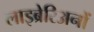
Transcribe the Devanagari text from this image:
लाइब्रेरिअनों